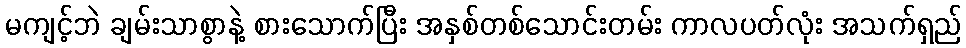
မကျင့်ဘဲ ချမ်းသာစွာနဲ့ စားသောက်ပြီး အနှစ်တစ်သောင်းတမ်း ကာလပတ်လုံး အသက်ရှည်